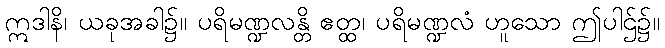
ဣဒါနိ၊ ယခုအခါ၌။ ပရိမဏ္ဍလန္တိ ဧတ္ထ၊ ပရိမဏ္ဍလံ ဟူသော ဤပါဌ်၌။